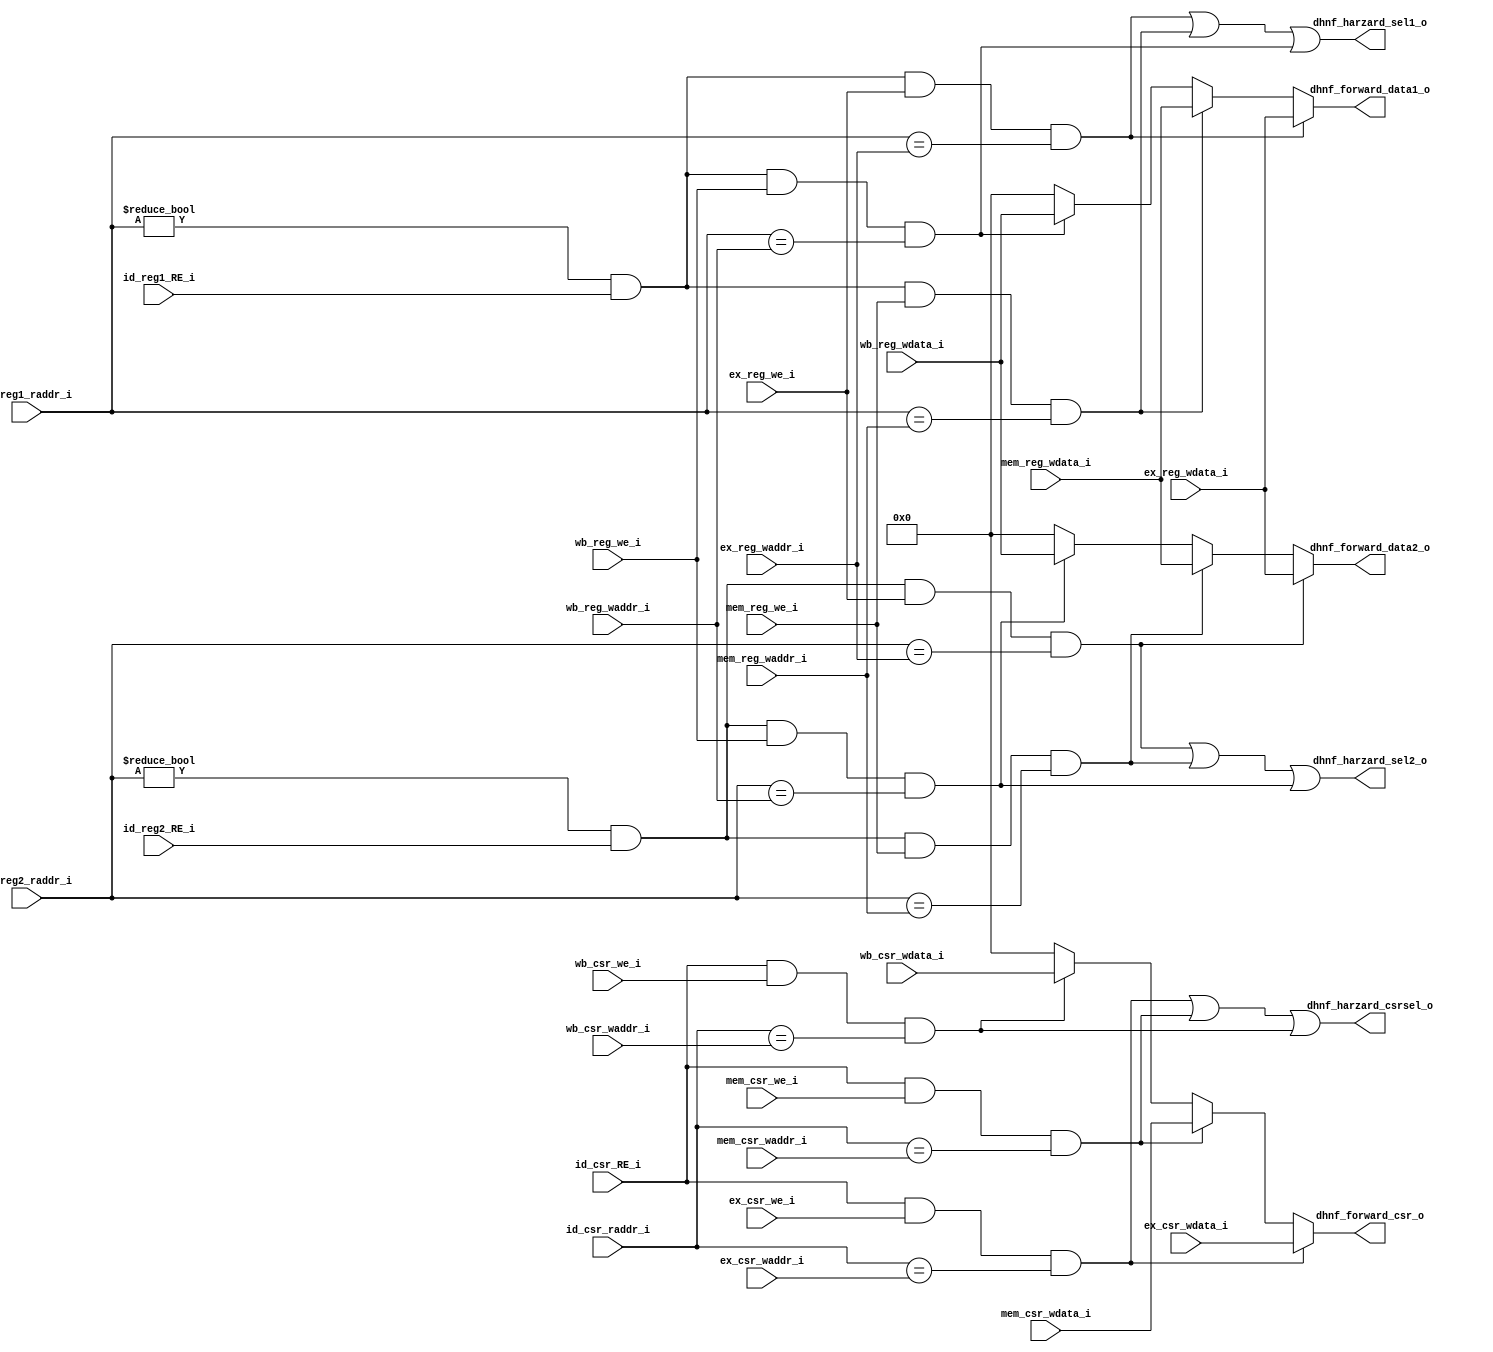
module Data_Hazard_N_Forward(
    //from id
    input   wire            [4:0]   id_reg1_raddr_i,
    input   wire            [4:0]   id_reg2_raddr_i,
    input   wire                    id_reg1_RE_i,
    input   wire                    id_reg2_RE_i,

    input   wire            [11:0]  id_csr_raddr_i,
    input   wire                    id_csr_RE_i,

    //from ex
    input   wire            [4:0]   ex_reg_waddr_i,
    input   wire            [31:0]  ex_reg_wdata_i,
    input   wire                    ex_reg_we_i,

    input   wire            [11:0]  ex_csr_waddr_i,
    input   wire            [31:0]  ex_csr_wdata_i,
    input   wire                    ex_csr_we_i,
    //from mem
    input   wire            [4:0]   mem_reg_waddr_i,
    input   wire            [31:0]  mem_reg_wdata_i,
    input   wire                    mem_reg_we_i,

    input   wire            [11:0]  mem_csr_waddr_i,
    input   wire            [31:0]  mem_csr_wdata_i,
    input   wire                    mem_csr_we_i,
    //from wb
    input   wire            [4:0]   wb_reg_waddr_i,
    input   wire            [31:0]  wb_reg_wdata_i,
    input   wire                    wb_reg_we_i,

    input   wire            [11:0]  wb_csr_waddr_i,
    input   wire            [31:0]  wb_csr_wdata_i,
    input   wire                    wb_csr_we_i,
    //to id
    output  wire                    dhnf_harzard_sel1_o,
    output  wire                    dhnf_harzard_sel2_o,
    
    output  wire            [31:0]  dhnf_forward_data1_o,
    output  wire            [31:0]  dhnf_forward_data2_o,


    output  wire                    dhnf_harzard_csrsel_o,
    output  wire            [31:0]  dhnf_forward_csr_o


    //to clint
    // output  wire            [31:0]  dhnf_mstatus_o,
    // output  wire            [31:0]  dhnf_mtvec_o,
    // output  wire            [31:0]  dhnf_mepc_o,

    // output  wire                    dhnf_mstatus_sel_o,
    // output  wire                    dhnf_mtvec_sel_o,
    // output  wire                    dhnf_mepc_sel_o
);


    //1-hazard 0-nohazard
    wire    reg1_id_ex_hazard = (id_reg1_raddr_i != 5'b0) && id_reg1_RE_i && ex_reg_we_i &&    
        (id_reg1_raddr_i == ex_reg_waddr_i);


    wire    reg2_id_ex_hazard = (id_reg2_raddr_i != 5'b0) && id_reg2_RE_i && ex_reg_we_i && 
        (id_reg2_raddr_i == ex_reg_waddr_i);

    
    wire    reg1_id_mem_hazard = (id_reg1_raddr_i != 5'b0) && id_reg1_RE_i && mem_reg_we_i &&    
        (id_reg1_raddr_i == mem_reg_waddr_i);


    wire    reg2_id_mem_hazard = (id_reg2_raddr_i != 5'b0) && id_reg2_RE_i && mem_reg_we_i && 
        (id_reg2_raddr_i == mem_reg_waddr_i);

    wire    reg1_id_wb_hazard = (id_reg1_raddr_i != 5'b0) && id_reg1_RE_i && wb_reg_we_i &&    
        (id_reg1_raddr_i == wb_reg_waddr_i);


    wire    reg2_id_wb_hazard = (id_reg2_raddr_i != 5'b0) && id_reg2_RE_i && wb_reg_we_i && 
        (id_reg2_raddr_i == wb_reg_waddr_i);
    

    wire    csr_id_ex_hazard    = id_csr_RE_i && ex_csr_we_i && (id_csr_raddr_i == ex_csr_waddr_i);
    wire    csr_id_mem_hazard   = id_csr_RE_i && mem_csr_we_i && (id_csr_raddr_i == mem_csr_waddr_i);
    wire    csr_id_wb_hazard    = id_csr_RE_i && wb_csr_we_i && (id_csr_raddr_i == wb_csr_waddr_i);
    

    
    assign dhnf_harzard_sel1_o = reg1_id_ex_hazard | reg1_id_mem_hazard |
        reg1_id_wb_hazard;

    assign dhnf_harzard_sel2_o = reg2_id_ex_hazard | reg2_id_mem_hazard |
        reg2_id_wb_hazard;
    
    assign dhnf_harzard_csrsel_o = csr_id_ex_hazard | csr_id_mem_hazard |
        csr_id_wb_hazard;

    
    //notice the complex way
    assign dhnf_forward_data1_o = reg1_id_ex_hazard ? ex_reg_wdata_i : 
        reg1_id_mem_hazard ? mem_reg_wdata_i :
        reg1_id_wb_hazard ? wb_reg_wdata_i : 32'b0;

    assign dhnf_forward_data2_o = reg2_id_ex_hazard ? ex_reg_wdata_i : 
        reg2_id_mem_hazard ? mem_reg_wdata_i :
        reg2_id_wb_hazard ? wb_reg_wdata_i : 32'b0;
    
    assign dhnf_forward_csr_o = csr_id_ex_hazard ? ex_csr_wdata_i :
        csr_id_mem_hazard ? mem_csr_wdata_i :
        csr_id_wb_hazard ? wb_csr_wdata_i : 32'b0;

    //------clint
    // wire mstatus_ex_harzard = ex_csr_we_i && (`MSTATUS == ex_csr_waddr_i);
    // wire mstatus_mem_harzard = mem_csr_we_i && (`MSTATUS == mem_csr_waddr_i);
    // wire mstatus_wb_harzard = wb_csr_we_i && (`MSTATUS == wb_csr_waddr_i);

    // assign dhnf_mstatus_sel_o = mstatus_ex_harzard | mstatus_mem_harzard | mstatus_wb_harzard;
    // assign dhnf_mstatus_o = mstatus_ex_harzard ? ex_csr_wdata_i : mstatus_mem_harzard ? mem_csr_wdata_i :
    //     mstatus_wb_harzard ? wb_csr_wdata_i : 32'd0;


    // wire mtvec_ex_harzard = ex_csr_we_i && (`MTVEC == ex_csr_waddr_i);
    // wire mtvec_mem_harzard = mem_csr_we_i && (`MTVEC == mem_csr_waddr_i);
    // wire mtvec_wb_harzard = wb_csr_we_i && (`MTVEC == wb_csr_waddr_i);

    // assign dhnf_mtvec_sel_o = mtvec_ex_harzard | mtvec_mem_harzard | mtvec_wb_harzard;
    // assign dhnf_mtvec_o = mtvec_ex_harzard ? ex_csr_wdata_i : mtvec_mem_harzard ? mem_csr_wdata_i :
    //     mtvec_wb_harzard ? wb_csr_wdata_i : 32'd0;        

    
    // wire mepc_ex_harzard = ex_csr_we_i && (`MEPC == ex_csr_waddr_i);
    // wire mepc_mem_harzard = mem_csr_we_i && (`MEPC == mem_csr_waddr_i);
    // wire mepc_wb_harzard = wb_csr_we_i && (`MEPC == wb_csr_waddr_i);

    // assign dhnf_mepc_sel_o = mepc_ex_harzard | mepc_mem_harzard | mepc_wb_harzard;
    // assign dhnf_mepc_o = mepc_ex_harzard ? ex_csr_wdata_i : mepc_mem_harzard ? mem_csr_wdata_i :
    //     mepc_wb_harzard ? wb_csr_wdata_i : 32'd0;      


endmodule